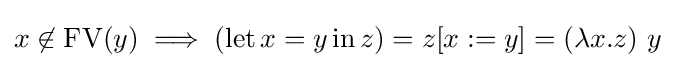
x\not \in \operatorname {FV} (y)\implies (\operatorname {let} x=y\operatorname {in} z)=z[x:=y]=(\lambda x.z)\ y